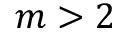
m > 2